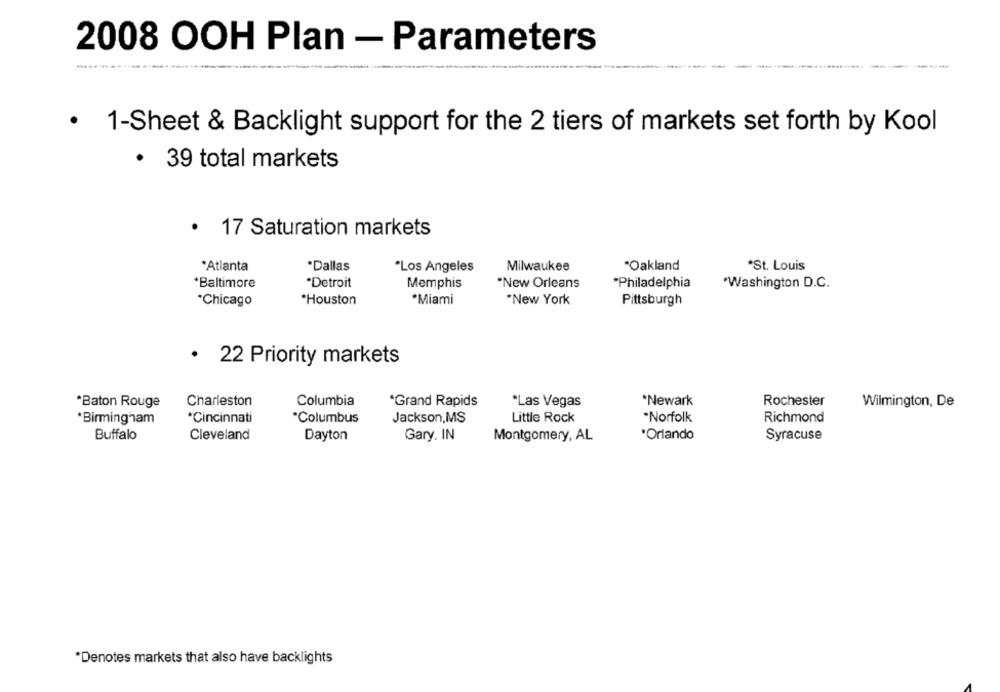
2008 OOH Plan - Parameters
---
.
1-Sheet & Backlight support for the 2 tiers of markets set forth by Kool
· 39 total markets
· 17 Saturation markets
*Atlanta
*Dallas
*Los Angeles
Milwaukee
*Oakland
*St. Louis
*Baltimore
*Detroit
*New Orleans
*Philadelphia
Memphis
*Washington D.C.
*Chicago
*Houston
*Miami
*New York
Pittsburgh
· 22 Priority markets
Charleston
Columbia
*Grand Rapids
*Newark
Rochester
*Baton Rouge
*Las Vegas
Wilmington, De
*Birmingham
*Cincinnati
*Columbus
Jackson,MS
Little Rock
·Norfolk
Richmond
Buffalo
Cleveland
*Orlando
Syracuse
Dayton
Gary. IN
Montgomery, AL
*Denotes markets that also have backlights